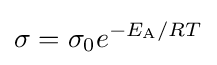
\sigma =\sigma _{0}e^{-E_{\text{A}}/RT}